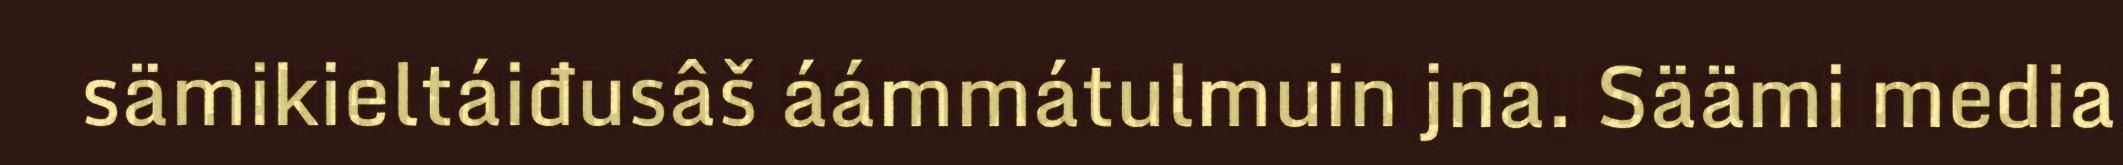
sämikieltáiđusâš áámmátulmuin jna. Säämi media